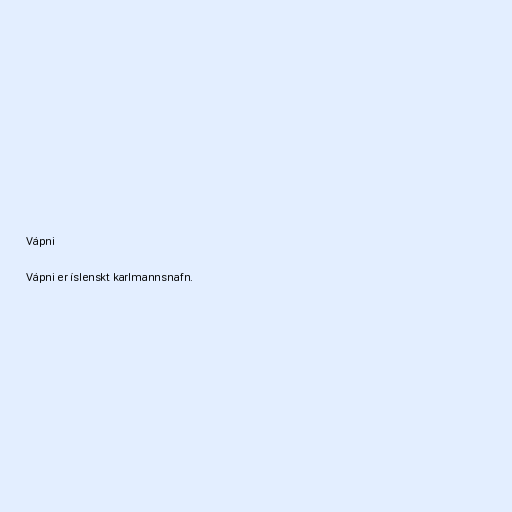
Vápni

Vápni er íslenskt karlmannsnafn.